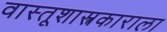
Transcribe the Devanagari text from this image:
वास्तूशास्त्रकाराला